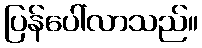
ပြန်ပေါ်လာသည်။